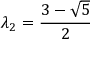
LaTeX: \lambda _ { 2 } = { \frac { 3 - { \sqrt { 5 } } } { 2 } }